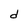
Character: d